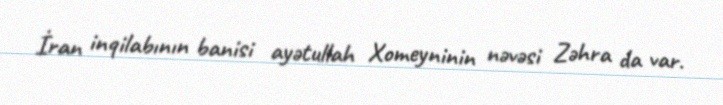
İran inqilabının banisi ayətullah Xomeyninin nəvəsi Zəhra da var.